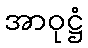
အာဝုဋ္ဌံ